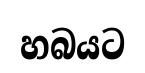
හබයට